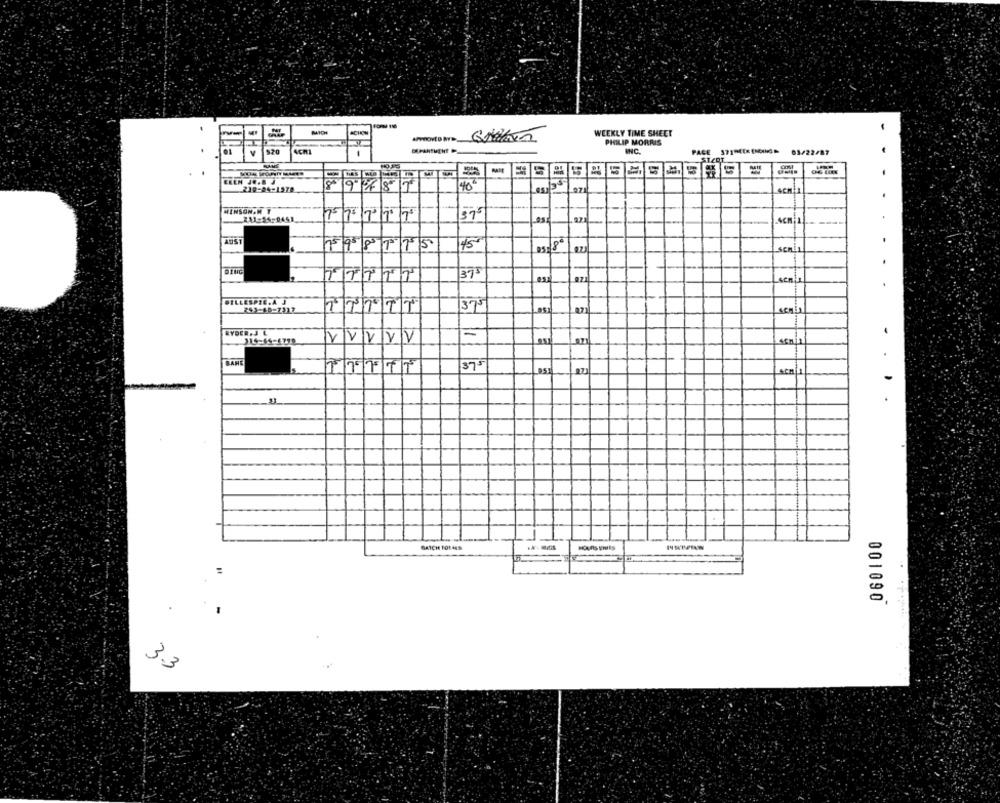
SCHON
WEEKLY TIME SHEET
PHILIP MORRIS
$20
4CH
INC.
03/22/87
EREN JR.8 3
40
239-04-1570
HENSON.M Y
75 17 17 17 17
37
211-54-0461
AUST
198175
45
SCRin
375
sene
..
GILLESPIE.A. J
375
793-40-7317
asıl
RYDER,J L
-
VVVVV
1
BANE
375
SCA 1
.
BATCH 101445
001090
3.3